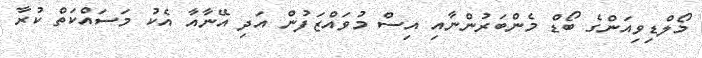
މޯލްޑިވިއަންގެ ބޯޑް މެންބަރުންނާއި އިސް މުވައްޒަފުން އަދި އޭނާއާ އެކު މަސައްކަތް ކުރާ